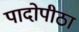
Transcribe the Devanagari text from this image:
पादोपीठा